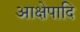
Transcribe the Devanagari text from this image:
आक्षेपादि